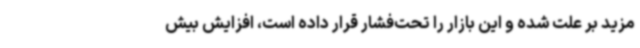
مزید بر علت شده و این بازار را تحت‌فشار قرار داده است، افزایش بیش